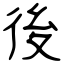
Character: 後